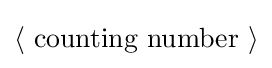
\langle \ {\text{counting number}}\ \rangle